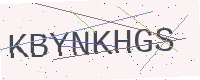
Text: KBYNKHGS